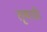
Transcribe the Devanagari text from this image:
तृषाग्नी